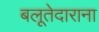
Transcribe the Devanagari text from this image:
बलूतेदाराना